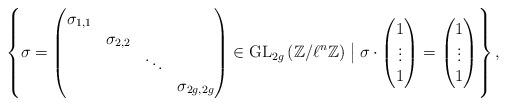
LaTeX: \begin{align*}\left\{ \sigma =\left(\begin{matrix} \sigma_{1,1} \\ & \sigma_{2,2} \\ & & \ddots \\ & & & \sigma_{2g,2g} \end{matrix} \right) \in \operatorname{GL}_{2g}\left(\mathbb{Z}/\ell^n\mathbb{Z} \right) \bigm\vert \sigma \cdot \left( \begin{matrix} 1 \\ \vdots \\ 1 \end{matrix}\right)=\left( \begin{matrix} 1 \\ \vdots \\ 1 \end{matrix}\right) \right\},\end{align*}